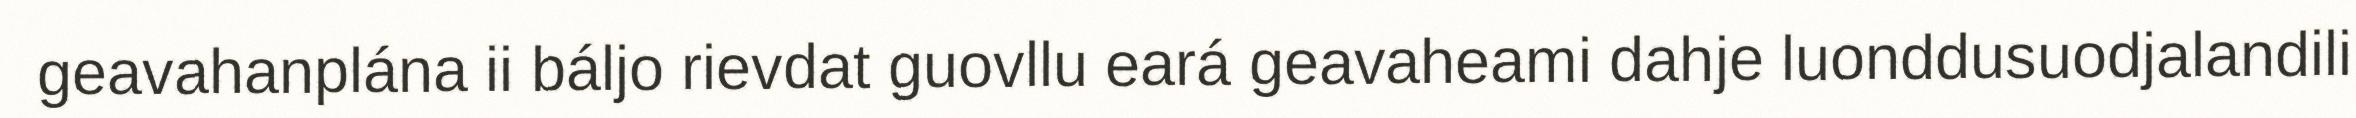
geavahanplána ii báljo rievdat guovllu eará geavaheami dahje luonddusuodjalandili